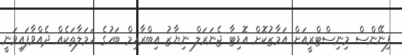
ފިނޭންސް މިނިސްޓްރީއަށް އަމާޒުކޮށް އޮޑިޓާ ޖެނަރަލް ނިޔާޒު އިބްރާހިމް ބަހުގެ ހަމަލާތަކެއް ދެއްވާފައިވަނީ